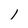
Character: I